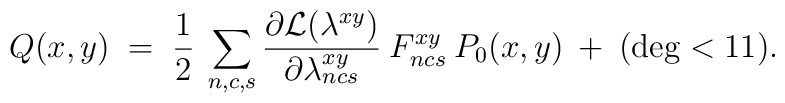
Q(x,y) \;=\; \frac{1}{2}\: \sum_{n,c,s} \frac{\partial {\cal{L}}(\lambda^{xy})}{\partial \lambda^{xy}_{ncs}}\: F^{xy}_{ncs}\: P_0(x,y) \:+\: (\deg < 11).